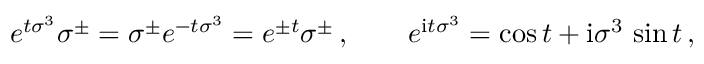
e ^ { t \sigma ^ { 3 } } \sigma ^ { \pm } = \sigma ^ { \pm } e ^ { - t \sigma ^ { 3 } } = e ^ { \pm t } \sigma ^ { \pm } \, , \qquad e ^ { \mathrm { i } t \sigma ^ { 3 } } = \cos t + \mathrm { i } \sigma ^ { 3 } \, \sin t \, ,